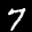
Label: 7